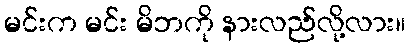
မင်းက မင်း မိဘကို နားလည်လို့လား။